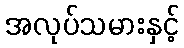
အလုပ်သမားနှင့်